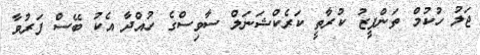
ޖަލު ހުކުމް ތަންފީޒު ކުރާތީ ކަރެކްޝަނަލް ސާވިސްގެ ހުއްދާ އެކު ބޭސް ފަރުވާ